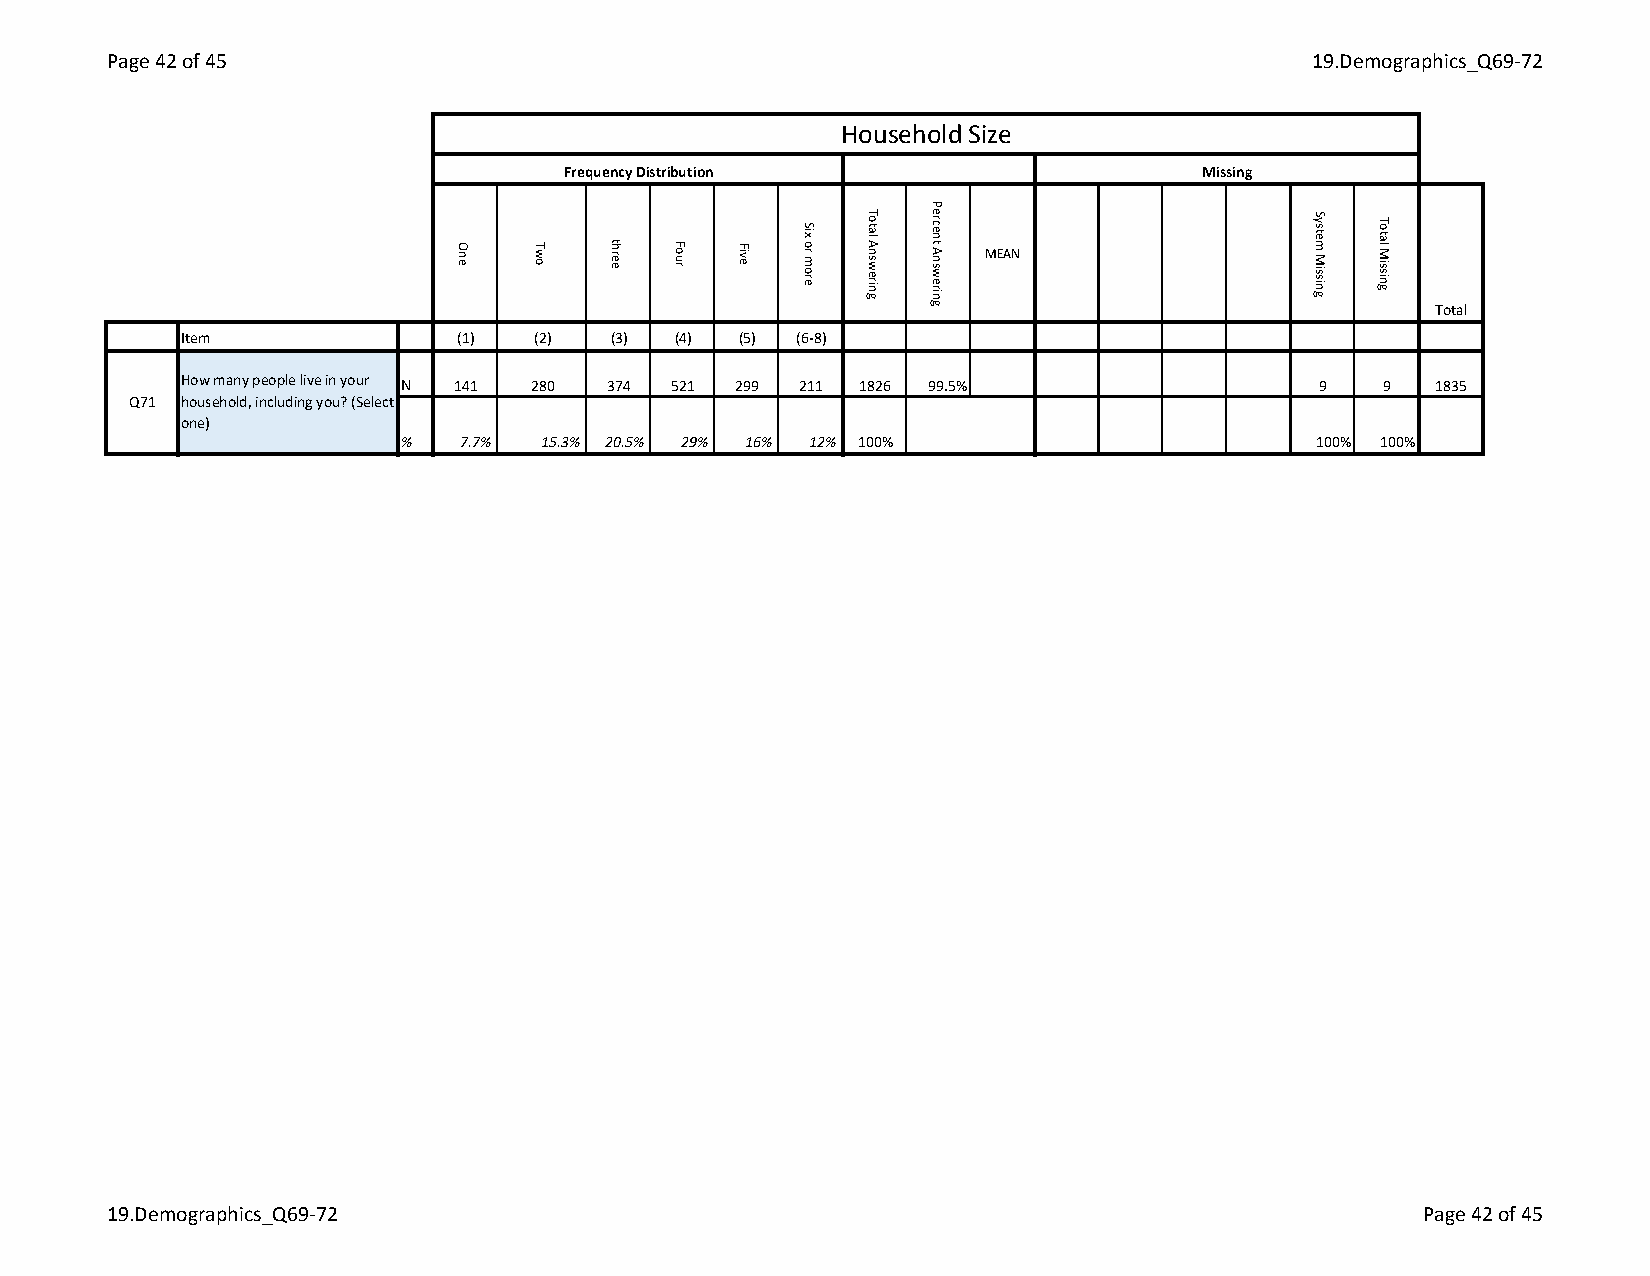
Page 42 of 45                                                                  19.Demographics_Q69-72
 Household Size
 Frequency Distribution                    Missing
 MEAN
 Total
 Item              (1)  (2)  (3) (4) (5) (6-8)
 How many people live in your N 141 280 374 521 299 211 1826 99.5%          9   9   1835
 Q71 household, including you? (Select
 one)
 %   7.7% 15.3% 20.5% 29% 16% 12% 100%                        100% 100%
 19.Demographics_Q69-72                                                                 Page 42 of 45
 One  Two  three Four Five
 Six
 or more
 Total
 Answering
 Percent
 Answering
 System
 Missing
 Total
 Missing